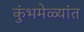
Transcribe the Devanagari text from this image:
कुंभमेळ्यांत